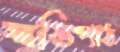
স্বস্তিপাঠ